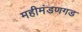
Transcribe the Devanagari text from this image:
महीमंडणगड